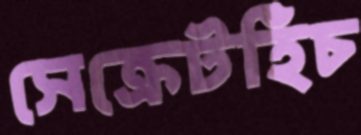
সেক্রেটহিঁচ